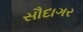
સૌદાગર